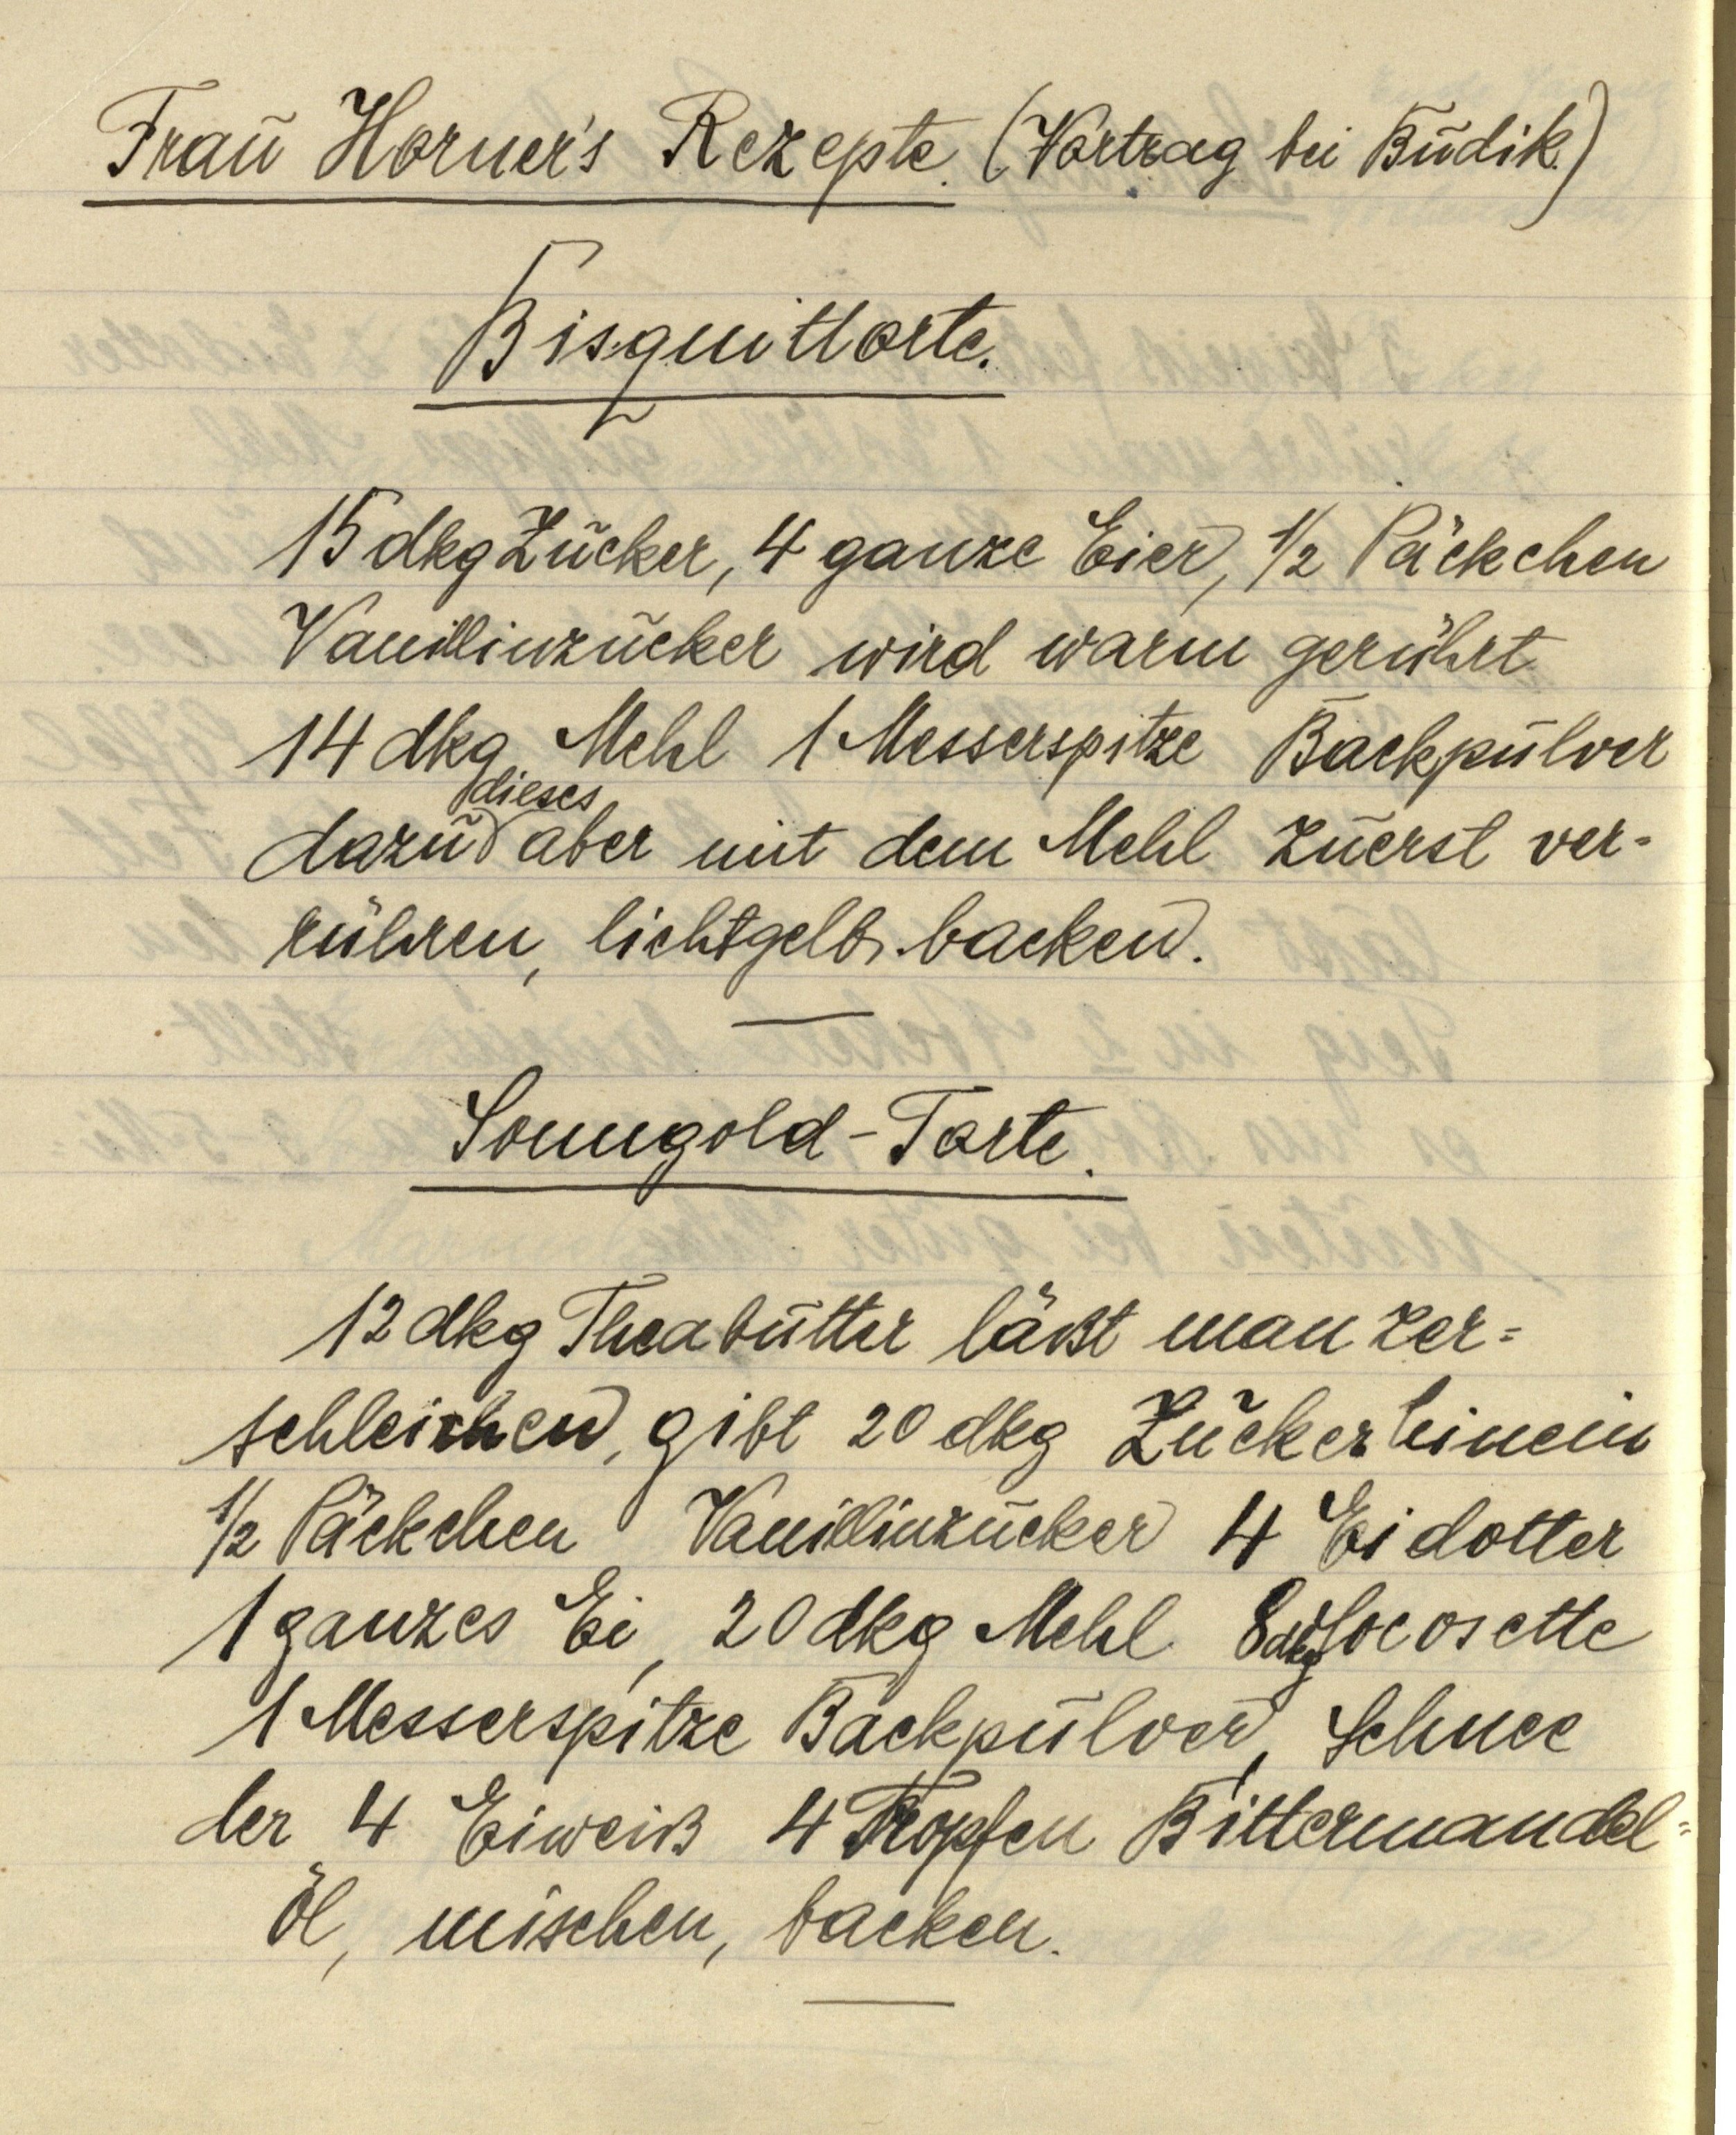
Frau Horner's Rezepte (Vortrag bei Budik)

Bisquittorte.
15 dkg Zucker, 4 ganze Eier, ½ Päckchen
Vanillinzucker wird warm gerührt
14 dkg Mehl 1 Messerspitze Backpulver
dazu dieses aber mit dem Mehl zuerst ver¬
rühren, lichtgelb backen.

Sonngold-Torte.
12 dkg Theibutter läßt man zer¬
schleichen, gibt 20 dkg Zucker hinein
½ Päckchen Vanillinzucker 4 Eidotter
1 ganzes Ei, 20 dkg Mehl 8 dkg Cocosette
1 Messerspitze Backpulver, Schnee
der 4 Eiweiß 4 Tropfen Bittermandel¬
öl, mischen, backen.